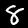
Digit: 8